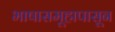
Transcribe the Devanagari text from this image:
भाषासमूहापासून